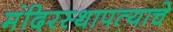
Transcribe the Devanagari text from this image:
मंदिरस्थापत्याचे